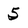
Character: 5